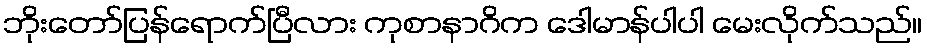
ဘိုးတော်ပြန်ရောက်ပြီလား ကုစာနာဂိက ဒေါမာန်ပါပါ မေးလိုက်သည်။